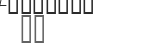
٣٧